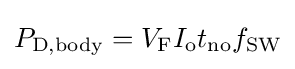
P_{\text{D,body}}=V_{\text{F}}I_{\text{o}}t_{\text{no}}f_{\text{SW}}